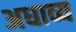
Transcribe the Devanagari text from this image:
अधाव्य